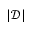
| \mathcal D |